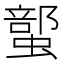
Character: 𲀇